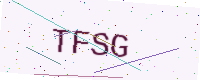
Text: TFSG